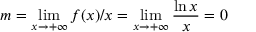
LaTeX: m = \operatorname* { l i m } _ { x \rightarrow + \infty } f ( x ) / x = \operatorname* { l i m } _ { x \rightarrow + \infty } { \frac { \ln x } { x } } = 0